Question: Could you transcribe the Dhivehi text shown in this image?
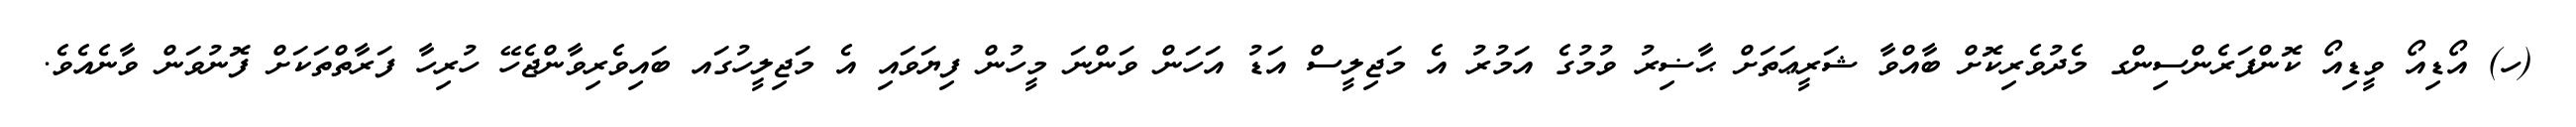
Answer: (ހ) އޯޑިއޯ ވީޑިއޯ ކޮންފަރެންސިންގ މެދުވެރިކޮށް ބާއްވާ ޝަރީޢަތަށް ޙާޟިރު ވުމުގެ އަމުރު އެ މަޖިލީސް އަޑު އަހަން ވަންނަ މީހުން ފިޔަވައި އެ މަޖިލީހުގައ ބައިވެރިވާންޖެހޭ ހުރިހާ ފަރާތްތަކަށް ފޮނުވަން ވާނެއެވެ.